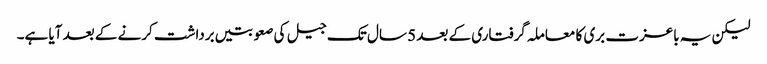
لیکن یہ باعزت بری کا معاملہ گرفتاری کے بعد 5 سال تک جیل کی صعوبتیں برداشت کرنے کے بعد آیا ہے۔